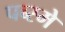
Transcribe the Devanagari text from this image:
पब्स्मे